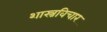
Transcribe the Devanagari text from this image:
शास्त्रविचार